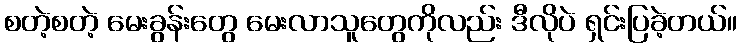
စတဲ့စတဲ့ မေးခွန်းတွေ မေးလာသူတွေကိုလည်း ဒီလိုပဲ ရှင်းပြခဲ့တယ်။